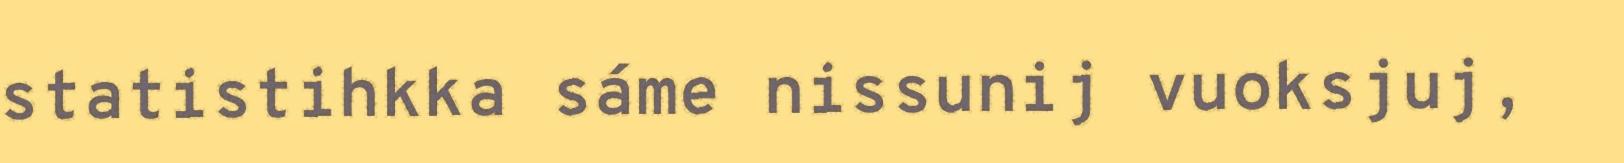
statistihkka sáme nissunij vuoksjuj,